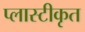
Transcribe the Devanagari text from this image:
प्लास्टीकृत